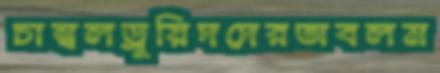
চাম্বলড্রুয়িদদেরঅবলম